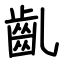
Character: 齓